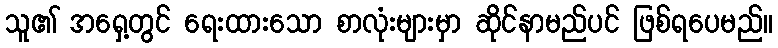
သူ၏ အရှေ့တွင် ရေးထားသော စာလုံးများမှာ ဆိုင်နာမည်ပင် ဖြစ်ရပေမည်။